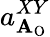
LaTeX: a_{\mathbf{A}_{\mathrm{{O}}}}^{XY}